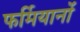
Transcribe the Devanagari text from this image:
फर्मियानों